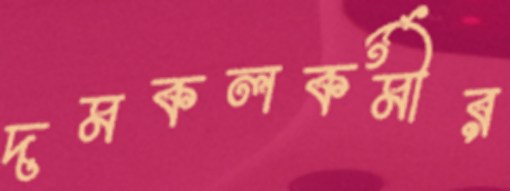
দমকলকর্মীর